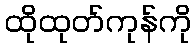
ထိုထုတ်ကုန်ကို